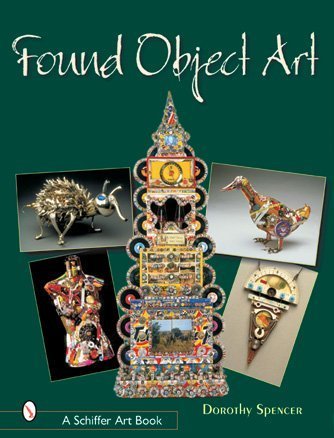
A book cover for Found Object Art (Schiffer Art Book); Dorothy Spencer; Crafts, Hobbies & Home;